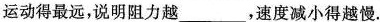
运动得最远，说明阻力越___，速度减小得越慢.